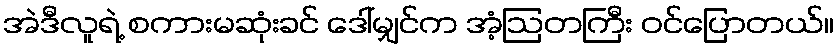
အဲဒီလူရဲ့ စကားမဆုံးခင် ဒေါ်မျှင်က အံ့ဩတကြီး ဝင်ပြောတယ်။